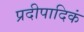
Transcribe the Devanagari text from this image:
प्रदीपादिकं